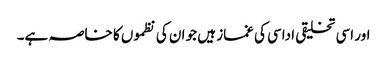
اور اسی تخلیقی اداسی کی غماز ہیں جو ان کی نظموں کا خاصہ ہے۔